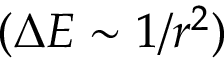
( \Delta E \sim 1 / r ^ { 2 } )